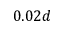
0 . 0 2 d